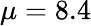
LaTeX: \mu=8.4